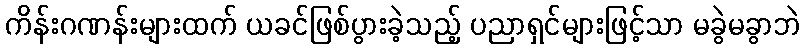
ကိန်းဂဏန်းများထက် ယခင်ဖြစ်ပွားခဲ့သည့် ပညာရှင်များဖြင့်သာ မခွဲမခွာဘဲ